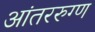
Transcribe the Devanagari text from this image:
आंतररुग्ण